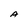
Character: A